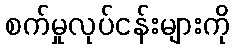
စက်မှုလုပ်ငန်းများကို